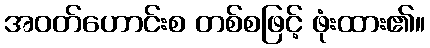
အဝတ်ဟောင်းစ တစ်စဖြင့် ဖုံးထား၏။